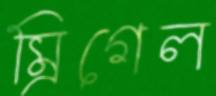
ম্রিগেল